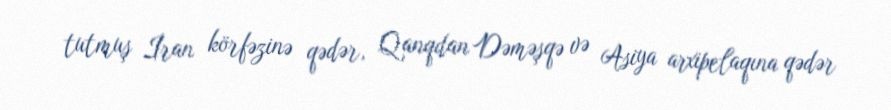
tutmuş İran körfəzinə qədər, Qanqdan Dəməşqə və Asiya arxipelaqına qədər